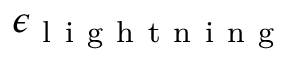
\epsilon _ { \mathrm { ~ l ~ i ~ g ~ h ~ t ~ n ~ i ~ n ~ g ~ } }